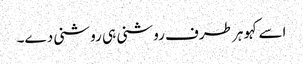
اسے کہو ہر طرف روشنی ہی روشنی دے۔